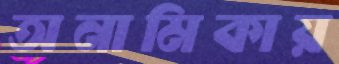
অনামিকায়